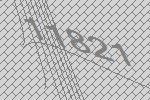
11821